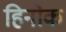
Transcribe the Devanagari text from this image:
हिनोक